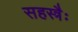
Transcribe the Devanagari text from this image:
सहस्त्रैः